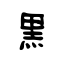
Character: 黒